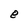
Character: e